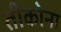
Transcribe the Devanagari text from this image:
तीकोना